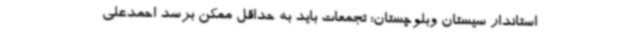
استاندار سیستان وبلوچستان: تجمعات باید به حداقل ممکن برسد احمدعلی